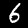
Label: 6